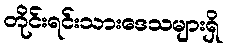
တိုင်းရင်းသားဒေသများရှိ